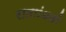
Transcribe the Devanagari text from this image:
राताांधळी